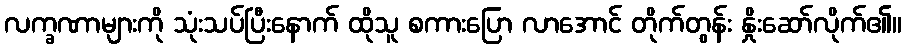
လက္ခဏာများကို သုံးသပ်ပြီးနောက် ထိုသူ စကားပြော လာအောင် တိုက်တွန်း နှိုးဆော်လိုက်၏။